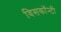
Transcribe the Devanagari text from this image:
विसकॉन्टी